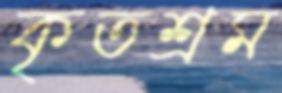
কৃতশ্রম